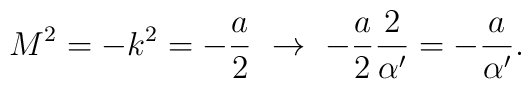
M^2 = -k^2 = -\frac{a}{2} \ \to\ -\frac{a}{2} \frac{2}{\alpha'}= -\frac{a}{\alpha'}.